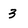
Character: 3